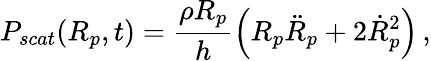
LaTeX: P_{scat}(R_{p},t)=\frac{\rho R_{p}}{h}\left(R_{p}\ddot{R}_{p}+2\dot{R}_{p}^{2}\right)\, ,